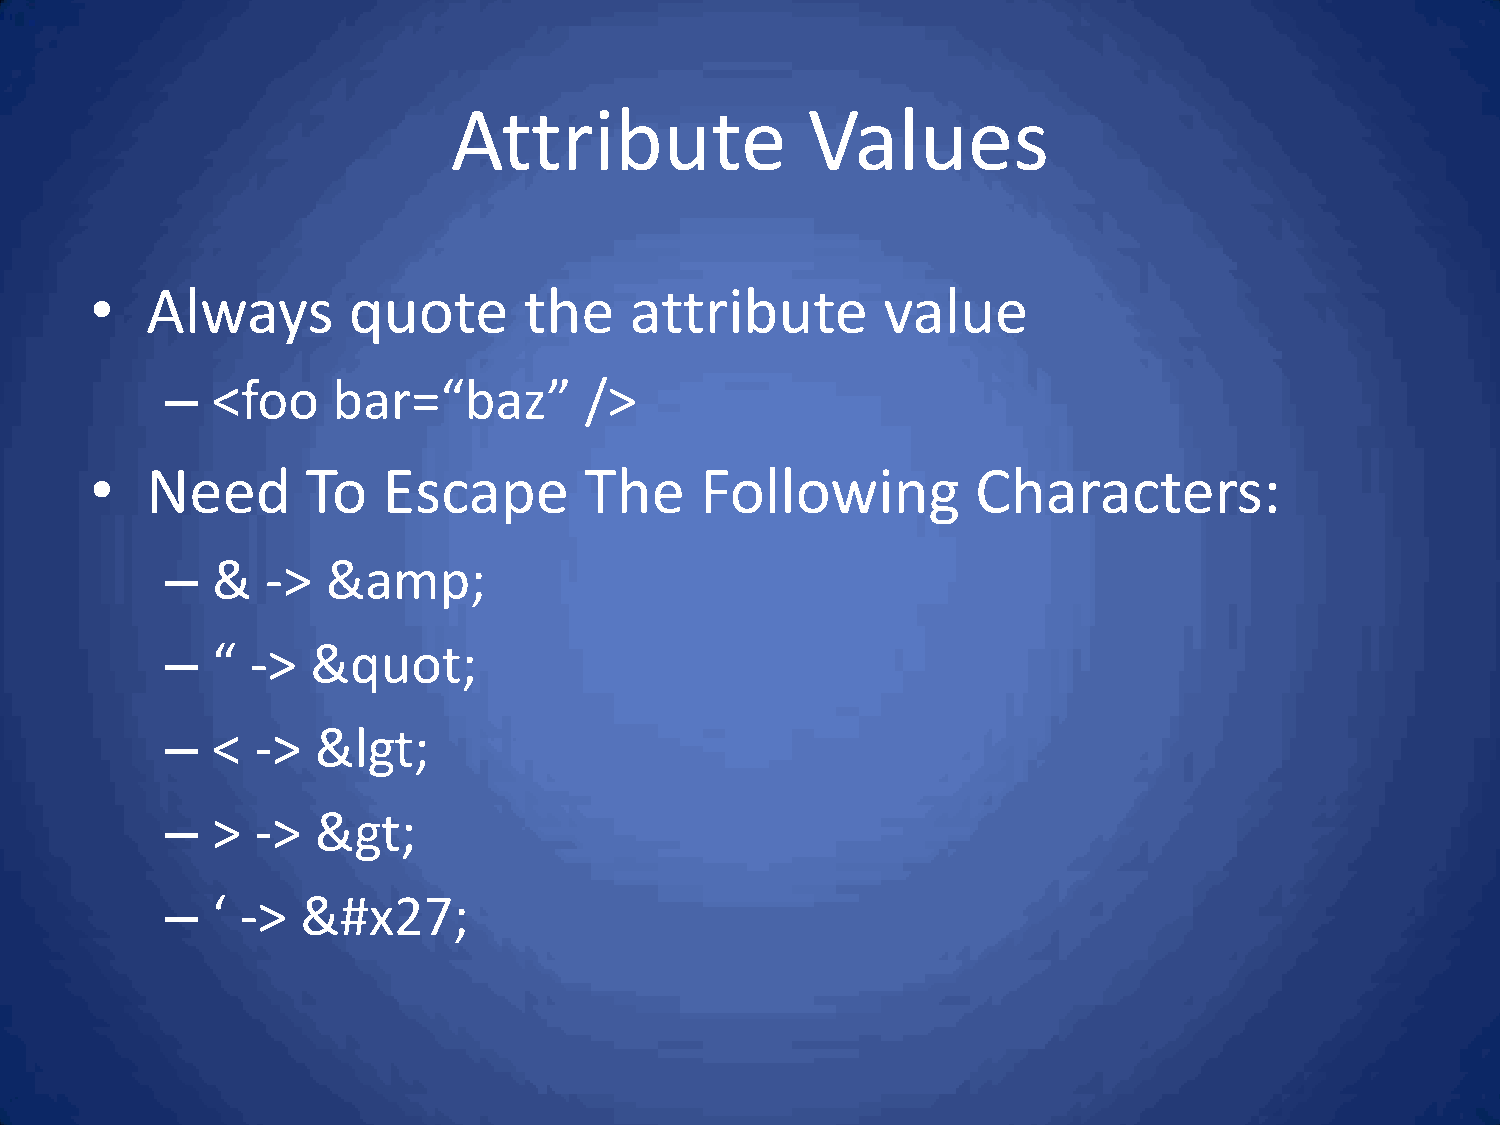
Attribute              Values
 •   Always       quote       the    attribute       value
 –  <foo    bar=“baz”        />
 •   Need      To   Escape        The    Following          Characters:
 –  &   ->  &amp;
 –  “  ->  &quot;
 –  <  ->  &lgt;
 –  >  ->  &gt;
 –  ‘ ->  &#x27;